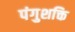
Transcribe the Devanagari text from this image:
पंगुशक्ति